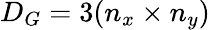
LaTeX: D_{G}=3(n_{x}\times n_{y})